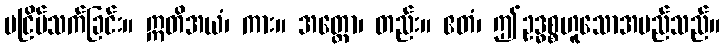
မငြိမ်သက်ခြင်း။ ဣတိအယံ၊ ကား။ အတ္ထော၊ တည်း။ ဧတံ၊ ဤဥဒ္ဓစ္စဟူသောအမည်သည်။